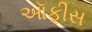
ઑફીસ